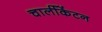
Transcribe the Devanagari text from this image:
चार्लीकेंटन